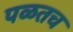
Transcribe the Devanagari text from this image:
पळतच